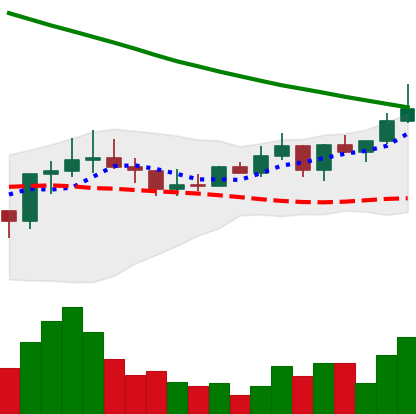
Ticker: ADA-USD
Chart end date: 2022-08-14
Forward return: -20.928%
Label: down_7plus